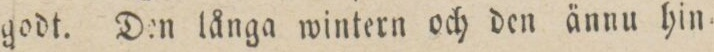
godt. Den långa wintern och den ännu hin=